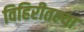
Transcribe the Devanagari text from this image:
विहिरीतल्या